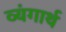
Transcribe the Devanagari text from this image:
व्यंगार्थ